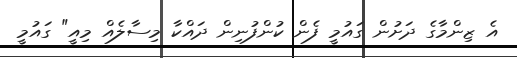
އެ ޒިންމާގެ ދަށުން ގައުމީ ފެން ކުންފުނިން ދައްކާ މިސާލެއް މިއީ" ގައުމީ